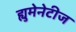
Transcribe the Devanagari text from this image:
ह्युमेनेटीज